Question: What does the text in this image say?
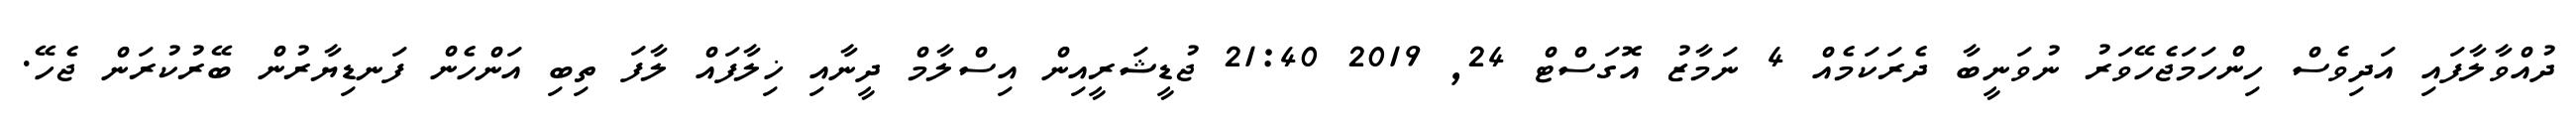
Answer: ދުއްވާލާފައި އަދިވެސް ހިންހަމަޖެހޭވަރު ނުވަނީބާ ދެރަކަމެއް 4 ނަމާޒު އޮގަސްޓް 24, 2019 21:40 ޖުޑީޝަރީއިން އިސްލާމް ދީނާއި ޚިލާފައް ލާފަ ތިބި އަންހެން ފަނޑިޔާރުން ބޭރުކުރަން ޖެހޭ.